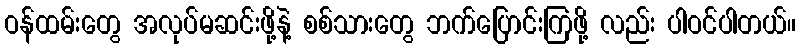
ဝန်ထမ်းတွေ အလုပ်မဆင်းဖို့နဲ့ စစ်သားတွေ ဘက်ပြောင်းကြဖို့ လည်း ပါဝင်ပါတယ်။